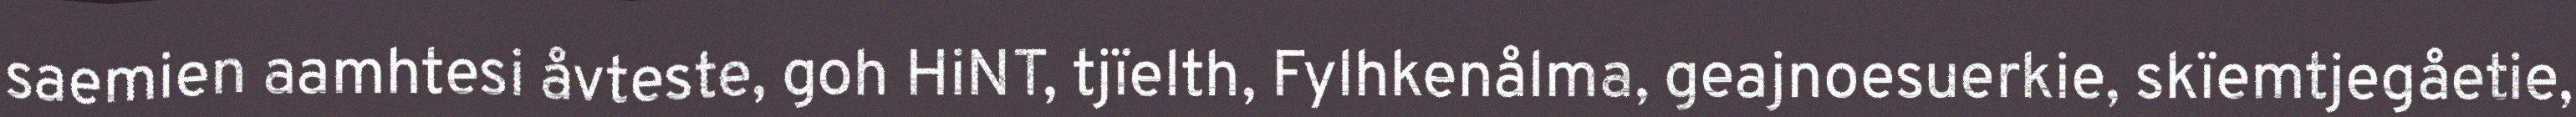
saemien aamhtesi åvteste, goh HiNT, tjïelth, Fylhkenålma, geajnoesuerkie, skïemtjegåetie,